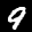
Label: 9